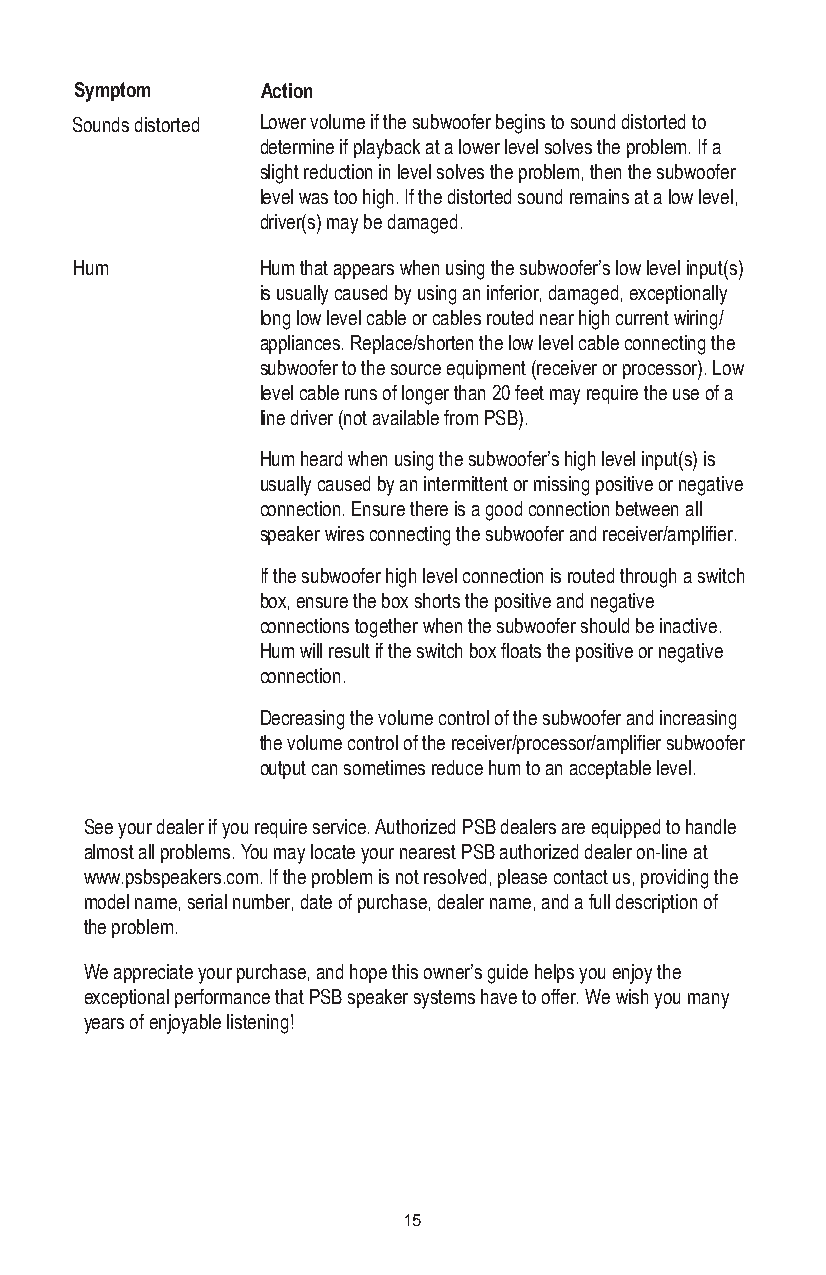
Symptom     Action
 Sounds distorted Lower volume if the subwoofer begins to sound distorted to
 determine if playback at a lower level solves the problem. If a
 slight reduction in level solves the problem, then the subwoofer
 level was too high. If the distorted sound remains at a low level,
 driver(s) may be damaged.
 Hum         Hum that appears when using the subwoofer’s low level input(s)
 is usually caused by using an inferior, damaged, exceptionally
 long low level cable or cables routed near high current wiring/
 appliances. Replace/shorten the low level cable connecting the
 subwoofer to the source equipment (receiver or processor). Low
 level cable runs of longer than 20 feet may require the use of a
 line driver (not available from PSB).
 Hum heard when using the subwoofer’s high level input(s) is
 usually caused by an intermittent or missing positive or negative
 connection. Ensure there is a good connection between all
 speaker wires connecting the subwoofer and receiver/amplifier.
 If the subwoofer high level connection is routed through a switch
 box, ensure the box shorts the positive and negative
 connections together when the subwoofer should be inactive.
 Hum will result if the switch box floats the positive or negative
 connection.
 Decreasing the volume control of the subwoofer and increasing
 the volume control of the receiver/processor/amplifier subwoofer
 output can sometimes reduce hum to an acceptable level.
 See your dealer if you require service. Authorized PSB dealers are equipped to handle
 almost all problems. You may locate your nearest PSB authorized dealer on-line at
 www.psbspeakers.com. If the problem is not resolved, please contact us, providing the
 model name, serial number, date of purchase, dealer name, and a full description of
 the problem.
 We appreciate your purchase, and hope this owner’s guide helps you enjoy the
 exceptional performance that PSB speaker systems have to offer. We wish you many
 years of enjoyable listening!
 15